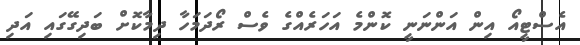
އެސްޓީއޯ އިން އަންނަނީ ކޮންމެ އަހަރެއްގެ ވެސް ރޯދަމަހާ ދިމާކޮށް ބަދިގޭގައި އަދި